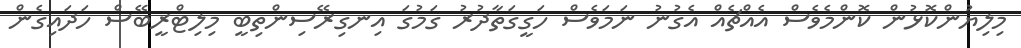
މިލިޔުންކޮޅުން ކޮންމެވެސް އެއްޗެއް އެގުނު ނަމަވެސް ހަގީގަތާދުރު ގަމުގަ އިނގިރޭސިންތިބީ މިލިޓްރީބޭސް ހަދައިގެން